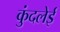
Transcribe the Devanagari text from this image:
कुंदलेई